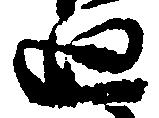
廻